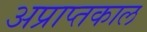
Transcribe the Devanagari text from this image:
अप्राप्तकाल